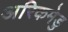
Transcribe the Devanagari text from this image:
अरिकमेडु